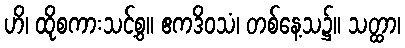
ဟိ၊ ထိုစကားသင့်စွ။ ဧကဒိဝသံ၊ တစ်နေ့သ၌။ သတ္ထာ၊